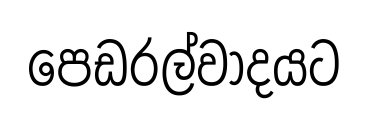
පෙඩරල්වාදයට